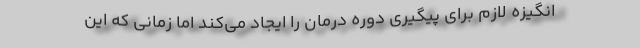
انگیزه لازم برای پیگیری دوره درمان را ایجاد می‌کند اما زمانی که این